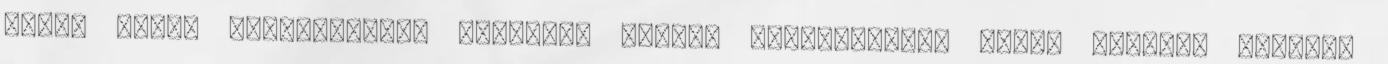
pedig Isten gyermekeként megillet téged? Rendszeresen kérem Istent, szóljon